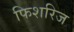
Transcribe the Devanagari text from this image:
फिशरिज